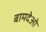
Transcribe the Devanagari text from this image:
बामदेओ